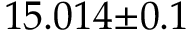
1 5 . 0 1 4 { \pm } 0 . 1